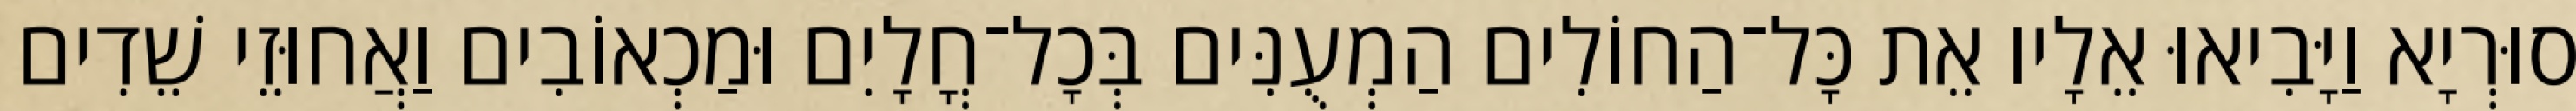
סוּרְיָא וַיָּבִיאוּ אֵלָיו אֵת כָּל־הַחוֹלִים הַמְעֻנִּים בְּכָל־חֳלָיִם וּמַכְאוֹבִים וַאֲחוּזֵי שֵׁדִים